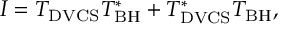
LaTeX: { \cal I } = { \cal T } _ { \mathrm { D V C S } } { \cal T } _ { \mathrm { B H } } ^ { \ast } + { \cal T } _ { \mathrm { D V C S } } ^ { \ast } { \cal T } _ { \mathrm { B H } } ,